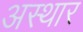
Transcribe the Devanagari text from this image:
अस्थार